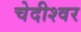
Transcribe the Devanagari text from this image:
चेदीश्वर